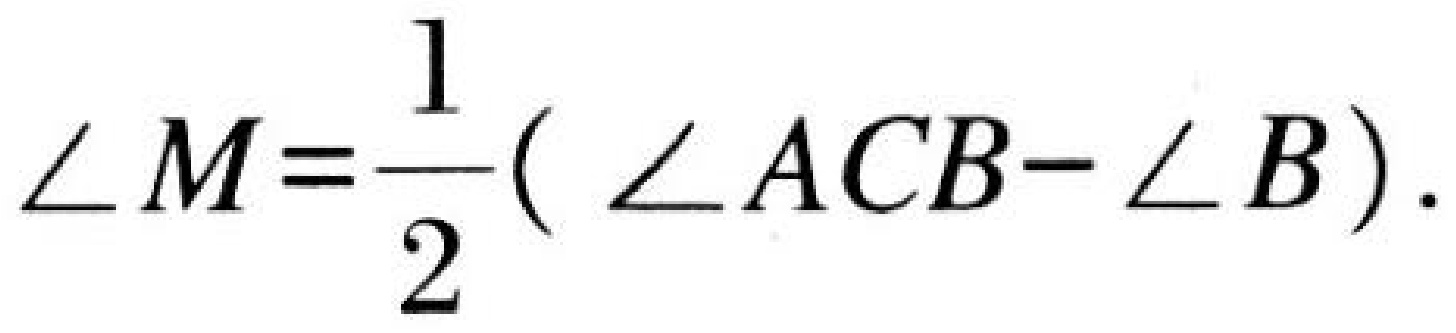
$\angle M=\dfrac{1}{2}( \angle ACB-\angle B).$